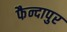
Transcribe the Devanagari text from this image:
फैन्दापुर